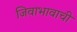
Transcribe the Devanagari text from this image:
जिवाभावाची